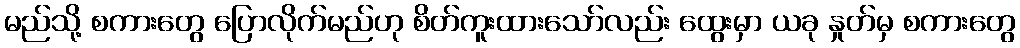
မည်သို့ စကားတွေ ပြောလိုက်မည်ဟု စိတ်ကူးထားသော်လည်း ထွေးမှာ ယခု နှုတ်မှ စကားတွေ